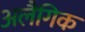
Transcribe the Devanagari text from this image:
अलैगिक